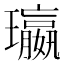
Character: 𮴺